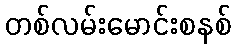
တစ်လမ်းမောင်းစနစ်